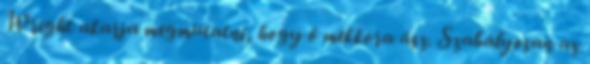
Wright akarja megmutatni, hogy ő mekkora ász. Szabályosan az